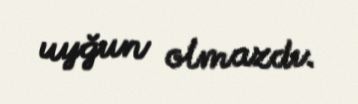
uyğun olmazdı.